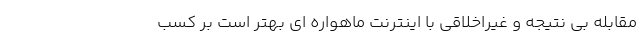
مقابله بی نتیجه و غیراخلاقی با اینترنت ماهواره ای بهتر است بر کسب